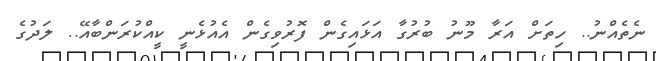
ނެތެއްނު.. ހިތަށް އަރާ މޫނު ބުރުގާ އަޅައިގެން ފޮރުވިގެން އެއުޅެނީ ކީއްކުރަންބާއޭ.. ލަދުގެ